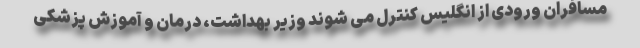
مسافران ورودی از انگلیس کنترل می شوند وزیر بهداشت، درمان و آموزش پزشکی